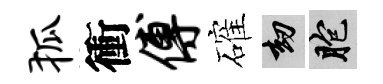
狐衝傅確劫胞